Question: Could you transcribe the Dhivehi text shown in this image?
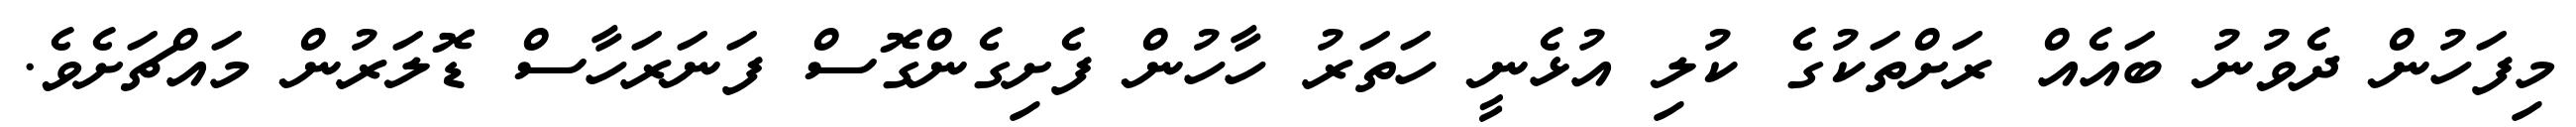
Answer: މިފަހުން ދެވުނު ބައެއް ރަށްތަކުގެ ކުލި އުޅެނީ ހަތަރު ހާހުން ފެށިގެންގޮސް ފަނަރަހާސް ޑޮލަރުން މައްޗަށެވެ.